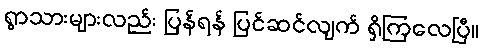
ရွာသားများလည်း ပြန်ရန် ပြင်ဆင်လျက် ရှိကြလေပြီ။